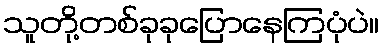
သူတို့တစ်ခုခုပြောနေကြပုံပဲ။